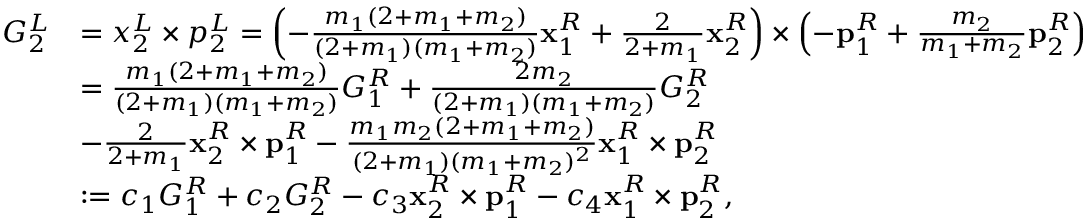
\begin{array} { r l } { G _ { 2 } ^ { L } } & { = x _ { 2 } ^ { L } \times p _ { 2 } ^ { L } = \left( - \frac { m _ { 1 } ( 2 + m _ { 1 } + m _ { 2 } ) } { ( 2 + m _ { 1 } ) ( m _ { 1 } + m _ { 2 } ) } \mathbf { x } _ { 1 } ^ { R } + \frac { 2 } { 2 + m _ { 1 } } \mathbf { x } _ { 2 } ^ { R } \right) \times \left( - \mathbf { p } _ { 1 } ^ { R } + \frac { m _ { 2 } } { m _ { 1 } + m _ { 2 } } \mathbf { p } _ { 2 } ^ { R } \right) } \\ & { = \frac { m _ { 1 } ( 2 + m _ { 1 } + m _ { 2 } ) } { ( 2 + m _ { 1 } ) ( m _ { 1 } + m _ { 2 } ) } G _ { 1 } ^ { R } + \frac { 2 m _ { 2 } } { ( 2 + m _ { 1 } ) ( m _ { 1 } + m _ { 2 } ) } G _ { 2 } ^ { R } } \\ & { - \frac { 2 } { 2 + m _ { 1 } } \mathbf { x } _ { 2 } ^ { R } \times \mathbf { p } _ { 1 } ^ { R } - \frac { m _ { 1 } m _ { 2 } ( 2 + m _ { 1 } + m _ { 2 } ) } { ( 2 + m _ { 1 } ) ( m _ { 1 } + m _ { 2 } ) ^ { 2 } } \mathbf { x } _ { 1 } ^ { R } \times \mathbf { p } _ { 2 } ^ { R } } \\ & { : = c _ { 1 } G _ { 1 } ^ { R } + c _ { 2 } G _ { 2 } ^ { R } - c _ { 3 } \mathbf { x } _ { 2 } ^ { R } \times \mathbf { p } _ { 1 } ^ { R } - c _ { 4 } \mathbf { x } _ { 1 } ^ { R } \times \mathbf { p } _ { 2 } ^ { R } , } \end{array}